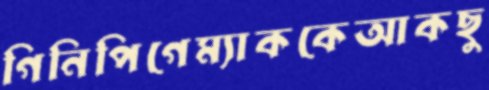
গিনিপিগেম্যাককেআকছু